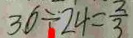
3 6 \div 2 4 = \frac { 2 } { 3 }